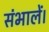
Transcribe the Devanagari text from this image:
संभालें।